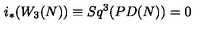
i _ { * } ( W _ { 3 } ( N ) ) \equiv S q ^ { 3 } ( P D ( N ) ) = 0